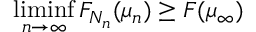
\operatorname* { l i m i n f } _ { n \to \infty } F _ { N _ { n } } ( \mu _ { n } ) \geq F ( \mu _ { \infty } )